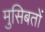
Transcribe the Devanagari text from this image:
मुसिबतों